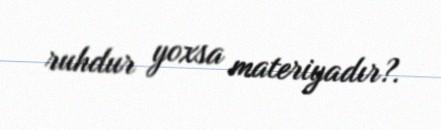
ruhdur yoxsa materiyadır?.